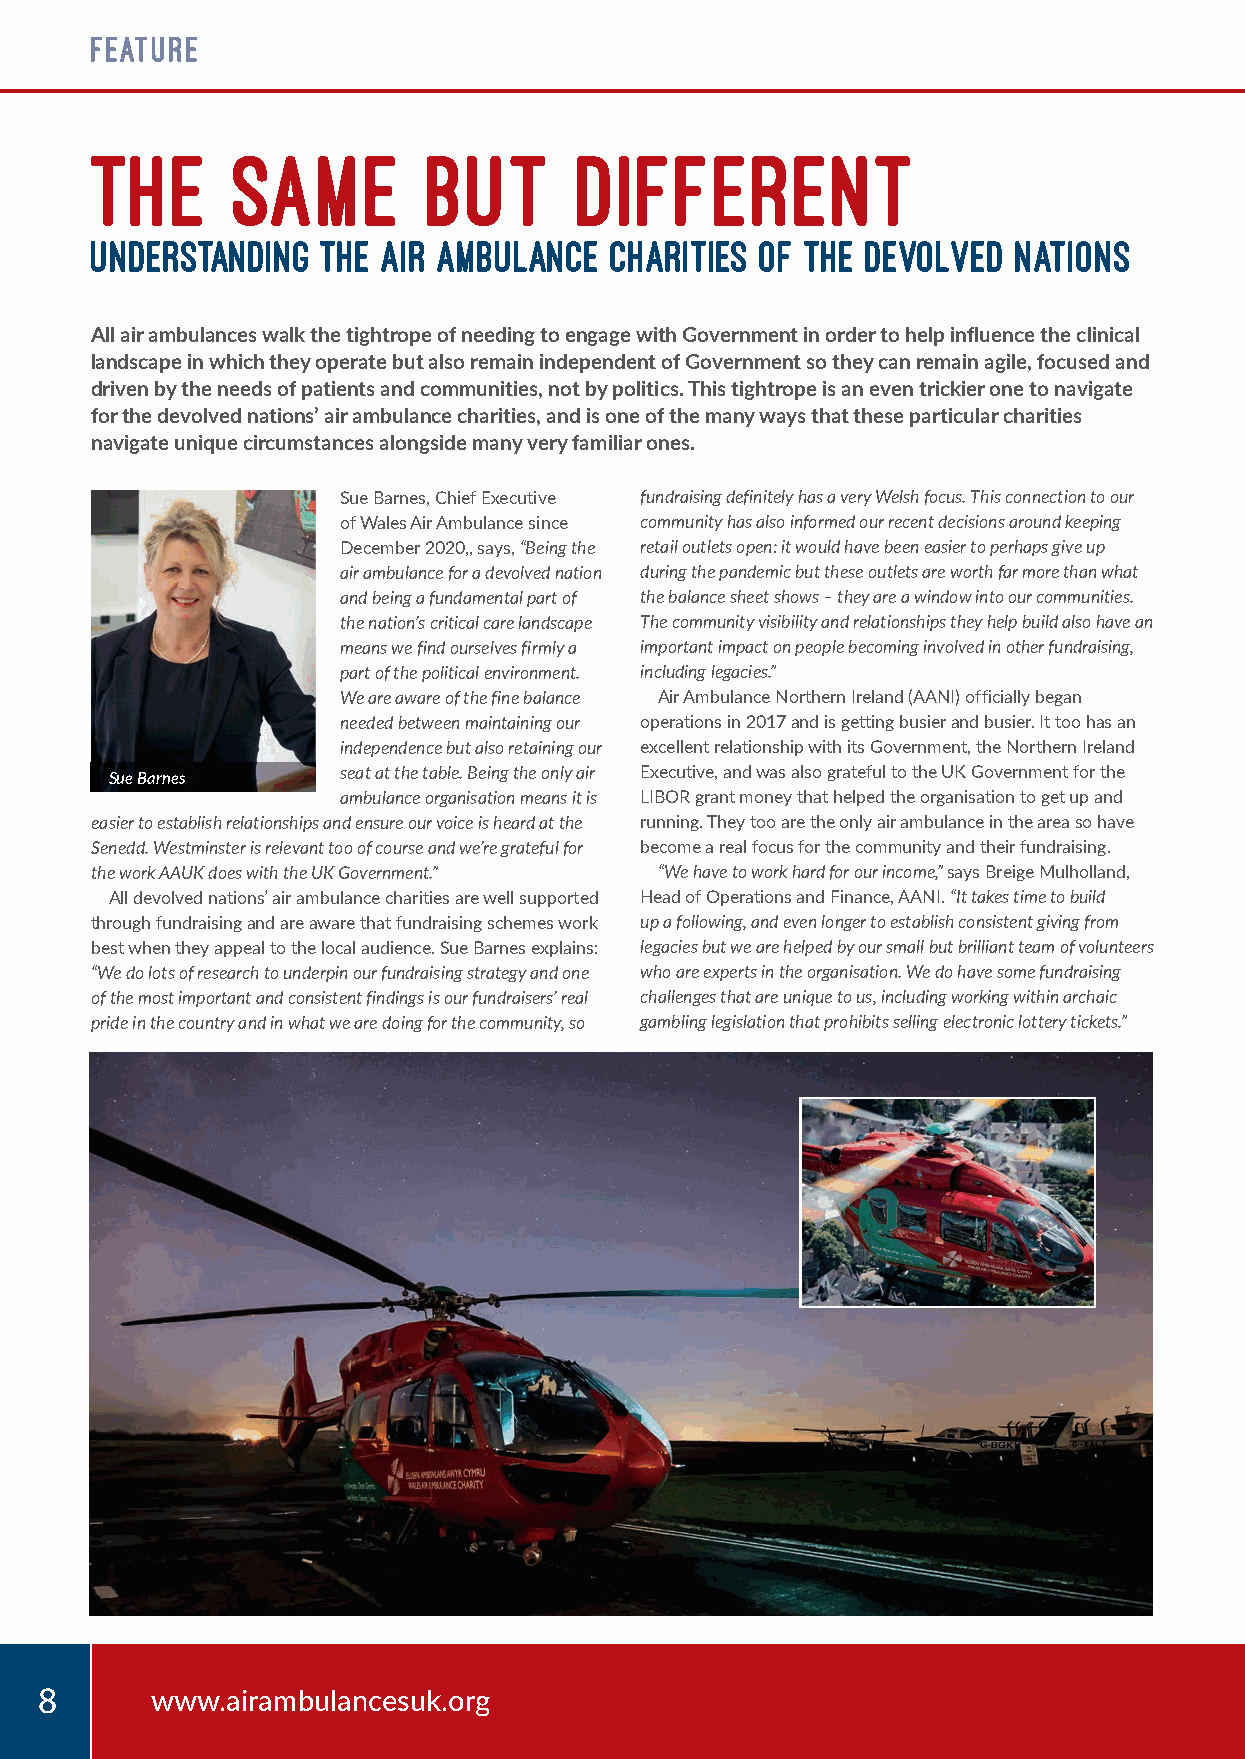
FEATURE
 THE      SAME         BUT       DIFFERENT
 UNDERSTANDING  THE AIR AMBULANCE  CHARITIES OF THE DEVOLVED  NATIONS
 All air ambulances walk the tightrope of needing to engage with Government in order to help influence the clinical
 landscape in which they operate but also remain independent of Government so they can remain agile, focused and
 driven by the needs of patients and communities, not by politics. This tightrope is an even trickier one to navigate
 for the devolved nations’ air ambulance charities, and is one of the many ways that these particular charities
 navigate unique circumstances alongside many very familiar ones.
 Sue Barnes, Chief Executive fundraising definitely has a very Welsh focus. This connection to our
 of Wales Air Ambulance since community has also informed our recent decisions around keeping
 December 2020,, says, “Being the retail outlets open: it would have been easier to perhaps give up
 air ambulance for a devolved nation during the pandemic but these outlets are worth far more than what
 and being a fundamental part of the balance sheet shows – they are a window into our communities.
 the nation’s critical care landscape The community visibility and relationships they help build also have an
 means we find ourselves firmly a important impact on people becoming involved in other fundraising,
 part of the political environment. including legacies.”
 We are aware of the fine balance Air Ambulance Northern Ireland (AANI) officially began
 needed between maintaining our operations in 2017 and is getting busier and busier. It too has an
 independence but also retaining our excellent relationship with its Government, the Northern Ireland
 Sue Barnes     seat at the table. Being the only air Executive, and was also grateful to the UK Government for the
 ambulance organisation means it is LIBOR grant money that helped the organisation to get up and
 easier to establish relationships and ensure our voice is heard at the running. They too are the only air ambulance in the area so have
 Senedd. Westminster is relevant too of course and we’re grateful for become a real focus for the community and their fundraising.
 the work AAUK does with the UK Government.” “We have to work hard for our income,” says Breige Mulholland,
 All devolved nations’ air ambulance charities are well supported Head of Operations and Finance, AANI. “It takes time to build
 through fundraising and are aware that fundraising schemes work up a following, and even longer to establish consistent giving from
 best when they appeal to the local audience. Sue Barnes explains: legacies but we are helped by our small but brilliant team of volunteers
 “We do lots of research to underpin our fundraising strategy and one who are experts in the organisation. We do have some fundraising
 of the most important and consistent findings is our fundraisers’ real challenges that are unique to us, including working within archaic
 pride in the country and in what we are doing for the community, so gambling legislation that prohibits selling electronic lottery tickets.”
 88      wwwwww..aaiirraammbbuullaanncceessuukk..oorrgg